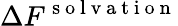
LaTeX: \Delta F^{\mathrm{~s~o~l~v~a~t~i~o~n~}}